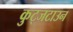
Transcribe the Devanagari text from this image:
कुट्जटाउन